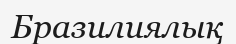
Бразилиялық